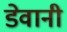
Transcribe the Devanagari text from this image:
डेवानी